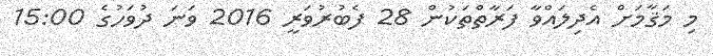
މި މަޤާމަށް އެދިލައްވާ ފަރާތްތަކުން 28 ފެބުރުވަރީ 2016 ވަނަ ދުވަހުގެ 15:00